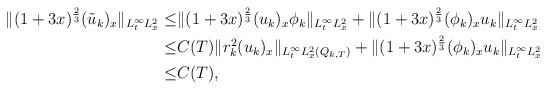
\begin{align*}\begin{aligned}\|(1+3x)^{\frac{2}{3}}(\tilde{u}_k)_x\|_{L^\infty_tL^2_x}\leq&\|(1+3x)^{\frac{2}{3}}(u_k)_x\phi_k\|_{L^\infty_tL^2_x}+\|(1+3x)^{\frac{2}{3}}(\phi_k)_xu_k\|_{L^\infty_tL^2_x}\\\leq&C(T)\|r_k^2(u_k)_x\|_{L^\infty_tL^2_x(Q_{k,T})}+\|(1+3x)^{\frac{2}{3}}(\phi_k)_xu_k\|_{L^\infty_tL^2_x}\\\leq& C(T),\end{aligned}\end{align*}